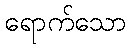
ရောက်သော